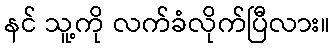
နင် သူ့ကို လက်ခံလိုက်ပြီလား။